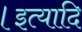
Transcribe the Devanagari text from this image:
।इत्यादि